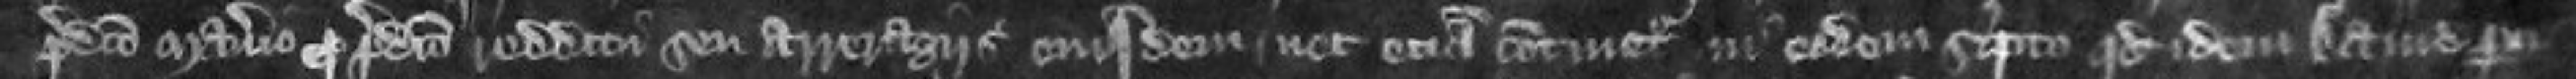
predicto manerio pro predicto redditu seu arreragiis ejusdem nec etiam continetur in eodem scripto quod idem David perci